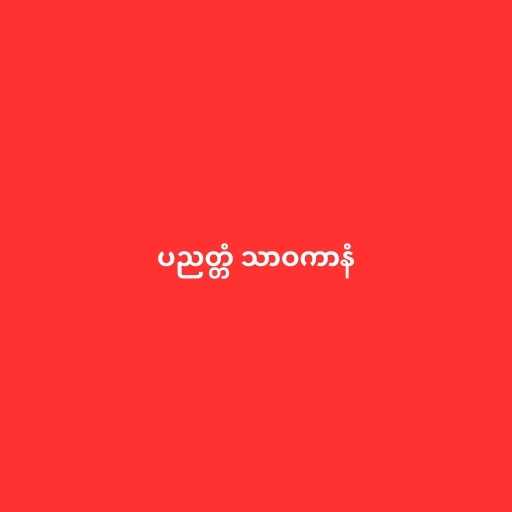
ပညတ္တံ သာဝကာနံ